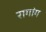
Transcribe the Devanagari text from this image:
रागांग